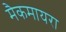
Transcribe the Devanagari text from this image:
मैकमायरा